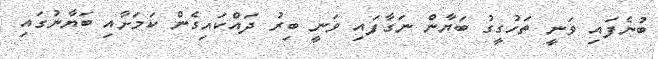
ބުނެފައި ވަނީ ތަހުގީގު ބަޔާން ނަގާފައި ވަނީ ބިރު ދައްކައިގެން ކަމަށާއި ބަޔާނުގައި